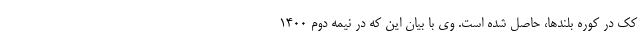
کک در کوره بلندها، حاصل شده است. وی با بیان این که در نیمه دوم ۱۴۰۰